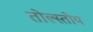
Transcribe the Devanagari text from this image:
तोल्स्तोय